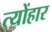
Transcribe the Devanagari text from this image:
त्योंहार